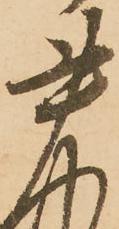
書